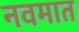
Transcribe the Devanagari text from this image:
नवमात